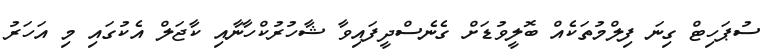
ސުޕަހިޓް ގިނަ ފިލްމުތަކެއް ބޮލީވުޑަށް ގެނެސްދީފައިވާ ޝާހުރުކްހާނާއި ކާޖަލް އެކުގައި މި އަހަރު